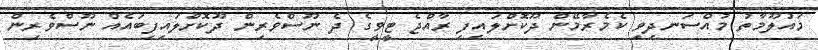
މައުލޫމާތު މުއްސަނދިވި ކެމެރާމޭން ދޫކޮށްލައިފި ރާއްޖެ ޓީވީގެ ދެ ނޫސްވެރިން ދޫކޮށްލައިފިބައެއް ނޫސްވެރިން